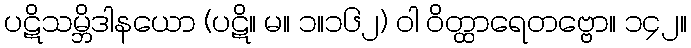
ပဋိသမ္ဘိဒါနယော (ပဋိ။ မ။ ၁။၁၆၂) ဝါ ဝိတ္ထာရေတဗ္ဗော။ ၁၄၂။